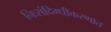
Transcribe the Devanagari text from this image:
निःसंदिग्धीकरणात